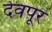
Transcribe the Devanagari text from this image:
देवपूर